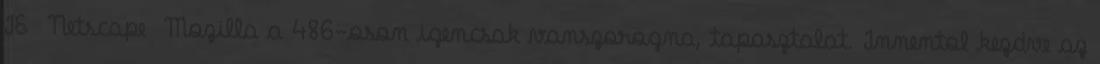
IE Netscape Mozilla a 486-oson igencsak vanszorogna, tapasztalat. Innentol kezdve az